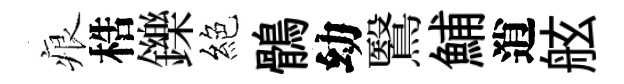
痕梏鑠絕鶻幼鷖鯆逍舷